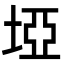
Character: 埡